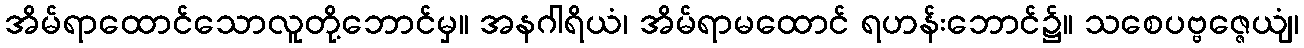
အိမ်ရာထောင်သောလူတို့ဘောင်မှ။ အနဂါရိယံ၊ အိမ်ရာမထောင် ရဟန်းဘောင်၌။ သစေပဗ္ဗဇ္ဇေယျံ၊